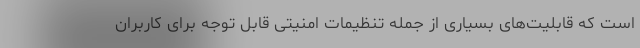
است که قابلیت‌های بسیاری از جمله تنظیمات امنیتی قابل توجه برای کاربران